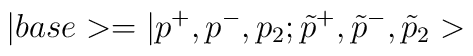
|base>=|p^{+},p^{-},p_{2};\tilde{p}^{+},\tilde{p}^{-},\tilde{p}_{2}>